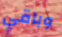
وباقي